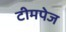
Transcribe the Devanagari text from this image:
टीमपेज